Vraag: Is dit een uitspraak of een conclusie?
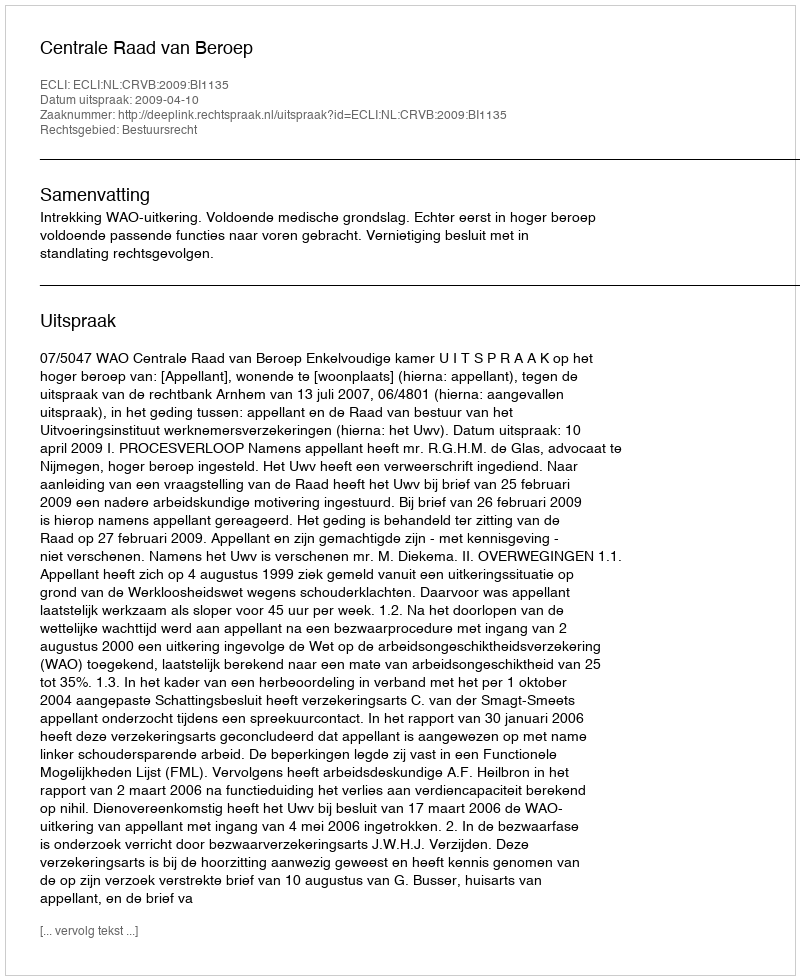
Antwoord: Uitspraak